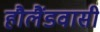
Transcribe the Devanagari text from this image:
हौलैंडवासी